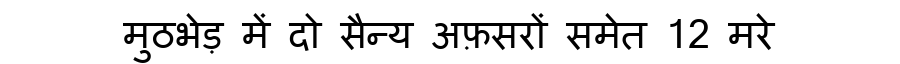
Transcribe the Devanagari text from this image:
मुठभेड़ में दो सैन्य अफ़सरों समेत 12 मरे